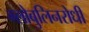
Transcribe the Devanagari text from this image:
ग्लोबुलिनरोधी